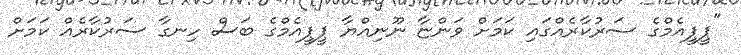
"ޕީޕީއެމްގެ ސަރުކާރެއްގައި ކަމަށް ވަންޏާ ނޫނިއްޔާ ޕީޕީއެމްގެ ބަސް ހިނގާ ސަރުކާރެއް ކަމަށް